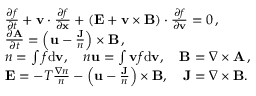
\begin{array} { r l } & { \frac { \partial f } { \partial t } + { \mathbf v } \cdot \frac { \partial f } { \partial \mathbf { x } } + ( { \mathbf E } + { \mathbf v } \times { \mathbf { B } } ) \cdot \frac { \partial f } { \partial { \mathbf v } } = 0 \, , } \\ & { \frac { \partial { \mathbf A } } { \partial t } = \left( \mathbf u - \frac { \mathbf J } { n } \right) \times { \mathbf { B } } \, , } \\ & { n = \int f \mathrm { d } { \mathbf v } , \quad n { \mathbf u } = \int { \mathbf v } f \mathrm { d } { \mathbf v } , \quad \mathbf { B } = \nabla \times { \mathbf A } \, , } \\ & { { \mathbf E } = - T \frac { \nabla n } { n } - \left( \mathbf u - \frac { \mathbf J } { n } \right) \times { \mathbf { B } } , \quad \mathbf J = \nabla \times { \mathbf B } . } \end{array}